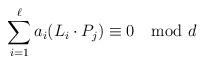
LaTeX: \begin{align*}\sum_{i=1}^\ell a_i (L_i\cdot P_j) \equiv 0 \mod d\end{align*}